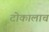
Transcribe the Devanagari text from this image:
टोकालाच